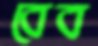
বেব